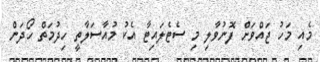
މެއި މަހު ޖައްވަށް ފޮނުވާލި މި ސެޓެލައިޓާ އެކު މުއާސަލާތީ ހިދުމަތް ހޯދަން